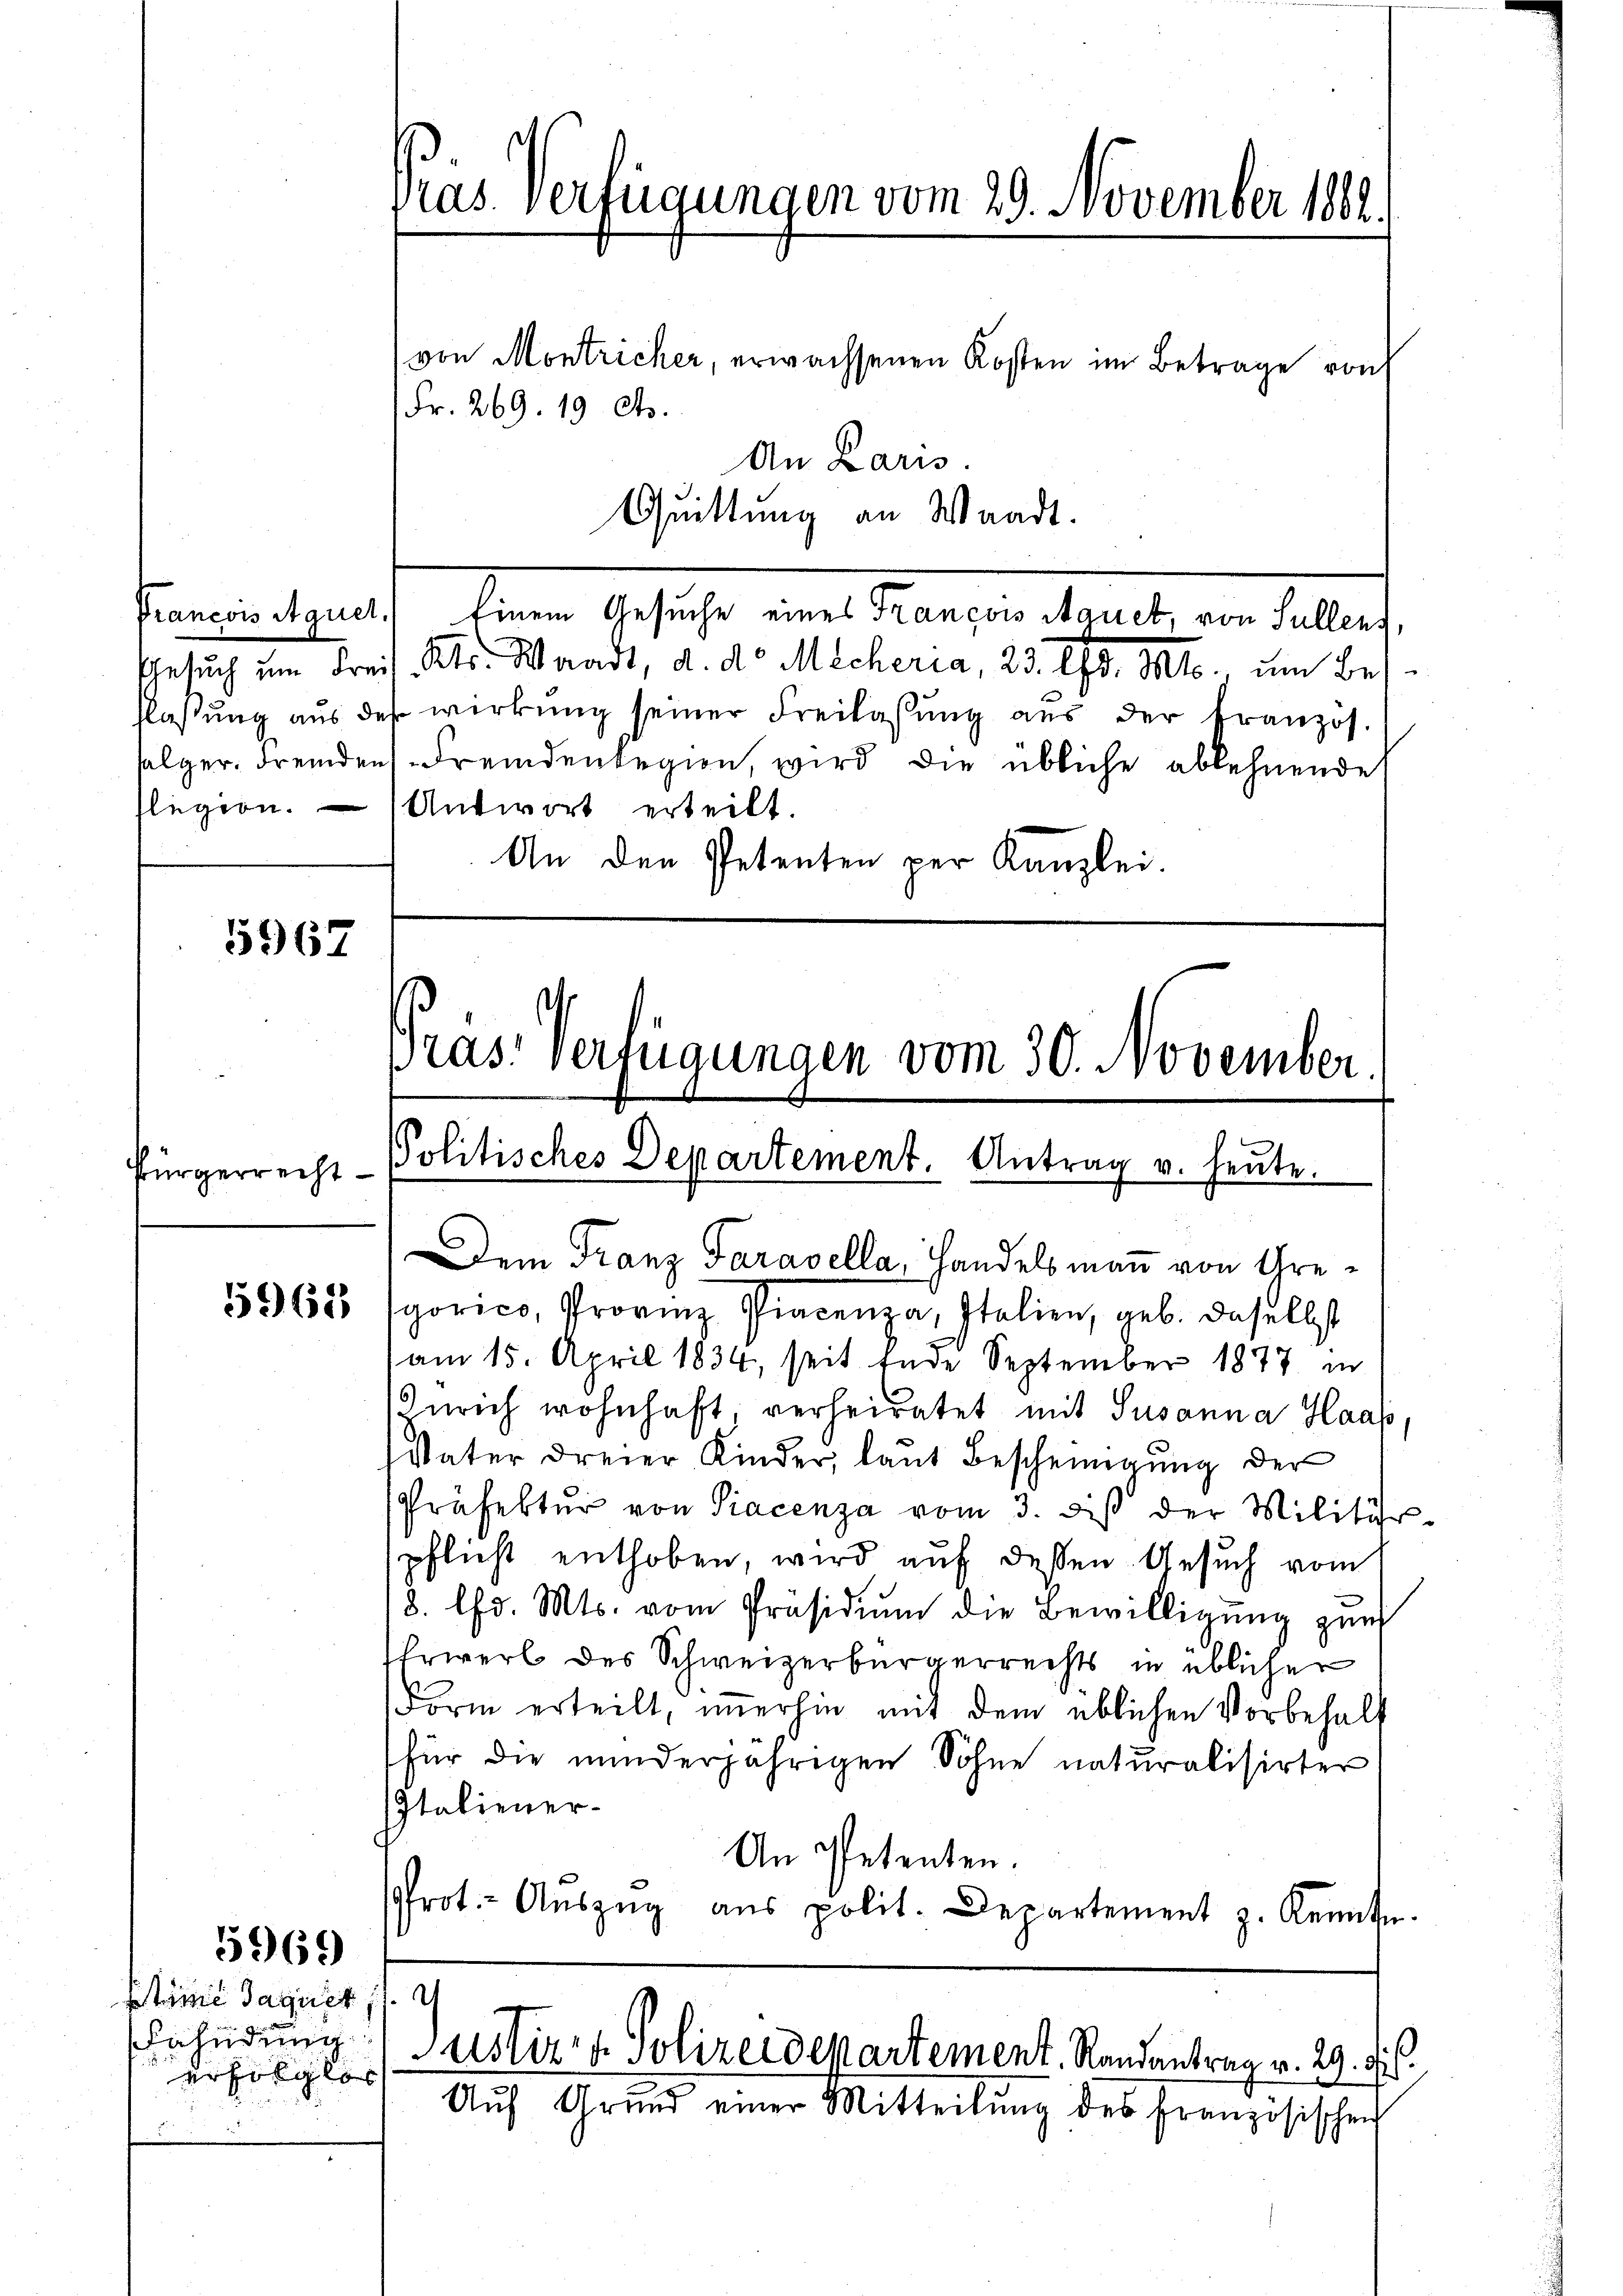
Bürgerrecht

5969

(von Montricher, erwachsenen Kosten im Betrage von
Fr. 269. 19 cts.
An Laris.
Quittung an Waadt.
Feuchlauch dem Gesuchte der Kanzen kant, von dellos
Gesŭch ŭm Freis. Kts. Waadt, d. d. Micheria, 23. Ed. Mts., um Bes
flassung aus des wirkung seiner Freilassung aus der Französ.
folger Fremden Fremdenlegien, wird die übliche ablehnende
fligion.   Antwort erteilt.
An den Petenten per Kanzlei.
5967

Stöne Jaquet 11
Fahndung
erfolglos

Pras. verfügungen vom 29. November 1862.

Dem Franz Paravella, Handelsmann von Ure¬
5960 (gorico, Provinz Piacenza, Italien, geb. daselbst
am 15. April 1834, seit Ende September 1877 in
Zürich wohnhaft verheiratet mit Susanna Haas
Vater dreier Kinder, laŭt Bescheinigŭng der
Präfektur von Piacenza vom 3. diβ der Militär-
pflicht enthoben, wird auf dessen Gesuch vom
8. lfd. Mts. vom Präsidiŭm die Bewilligung zum
Erwerb des Schweizerbürgerrechts in üblichen
Form erteilt, immerhin mit dem üblichen Vorbehalt
für die minderjährigen Sohne naturalisirter
Italiener-
An Petenten.
prot. Aŭszŭg aŭs polit. Departement z. Kenntn

Pras: Verfügungen vom 30. November.
Politisches Departement. Antrag u. heŭte.

Auf Grund einer Mitteilŭng des französischen

Justiz- & Polizeidepartement. Randantrag v. 29. ds.